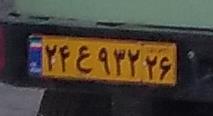
۲۴ع۹۳۲۲۶